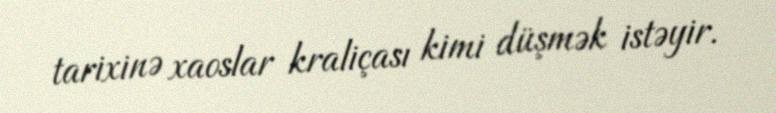
tarixinə xaoslar kraliçası kimi düşmək istəyir.